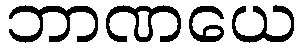
ဘာဏယေ